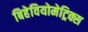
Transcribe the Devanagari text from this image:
बिहेवियोमेट्रिक्स